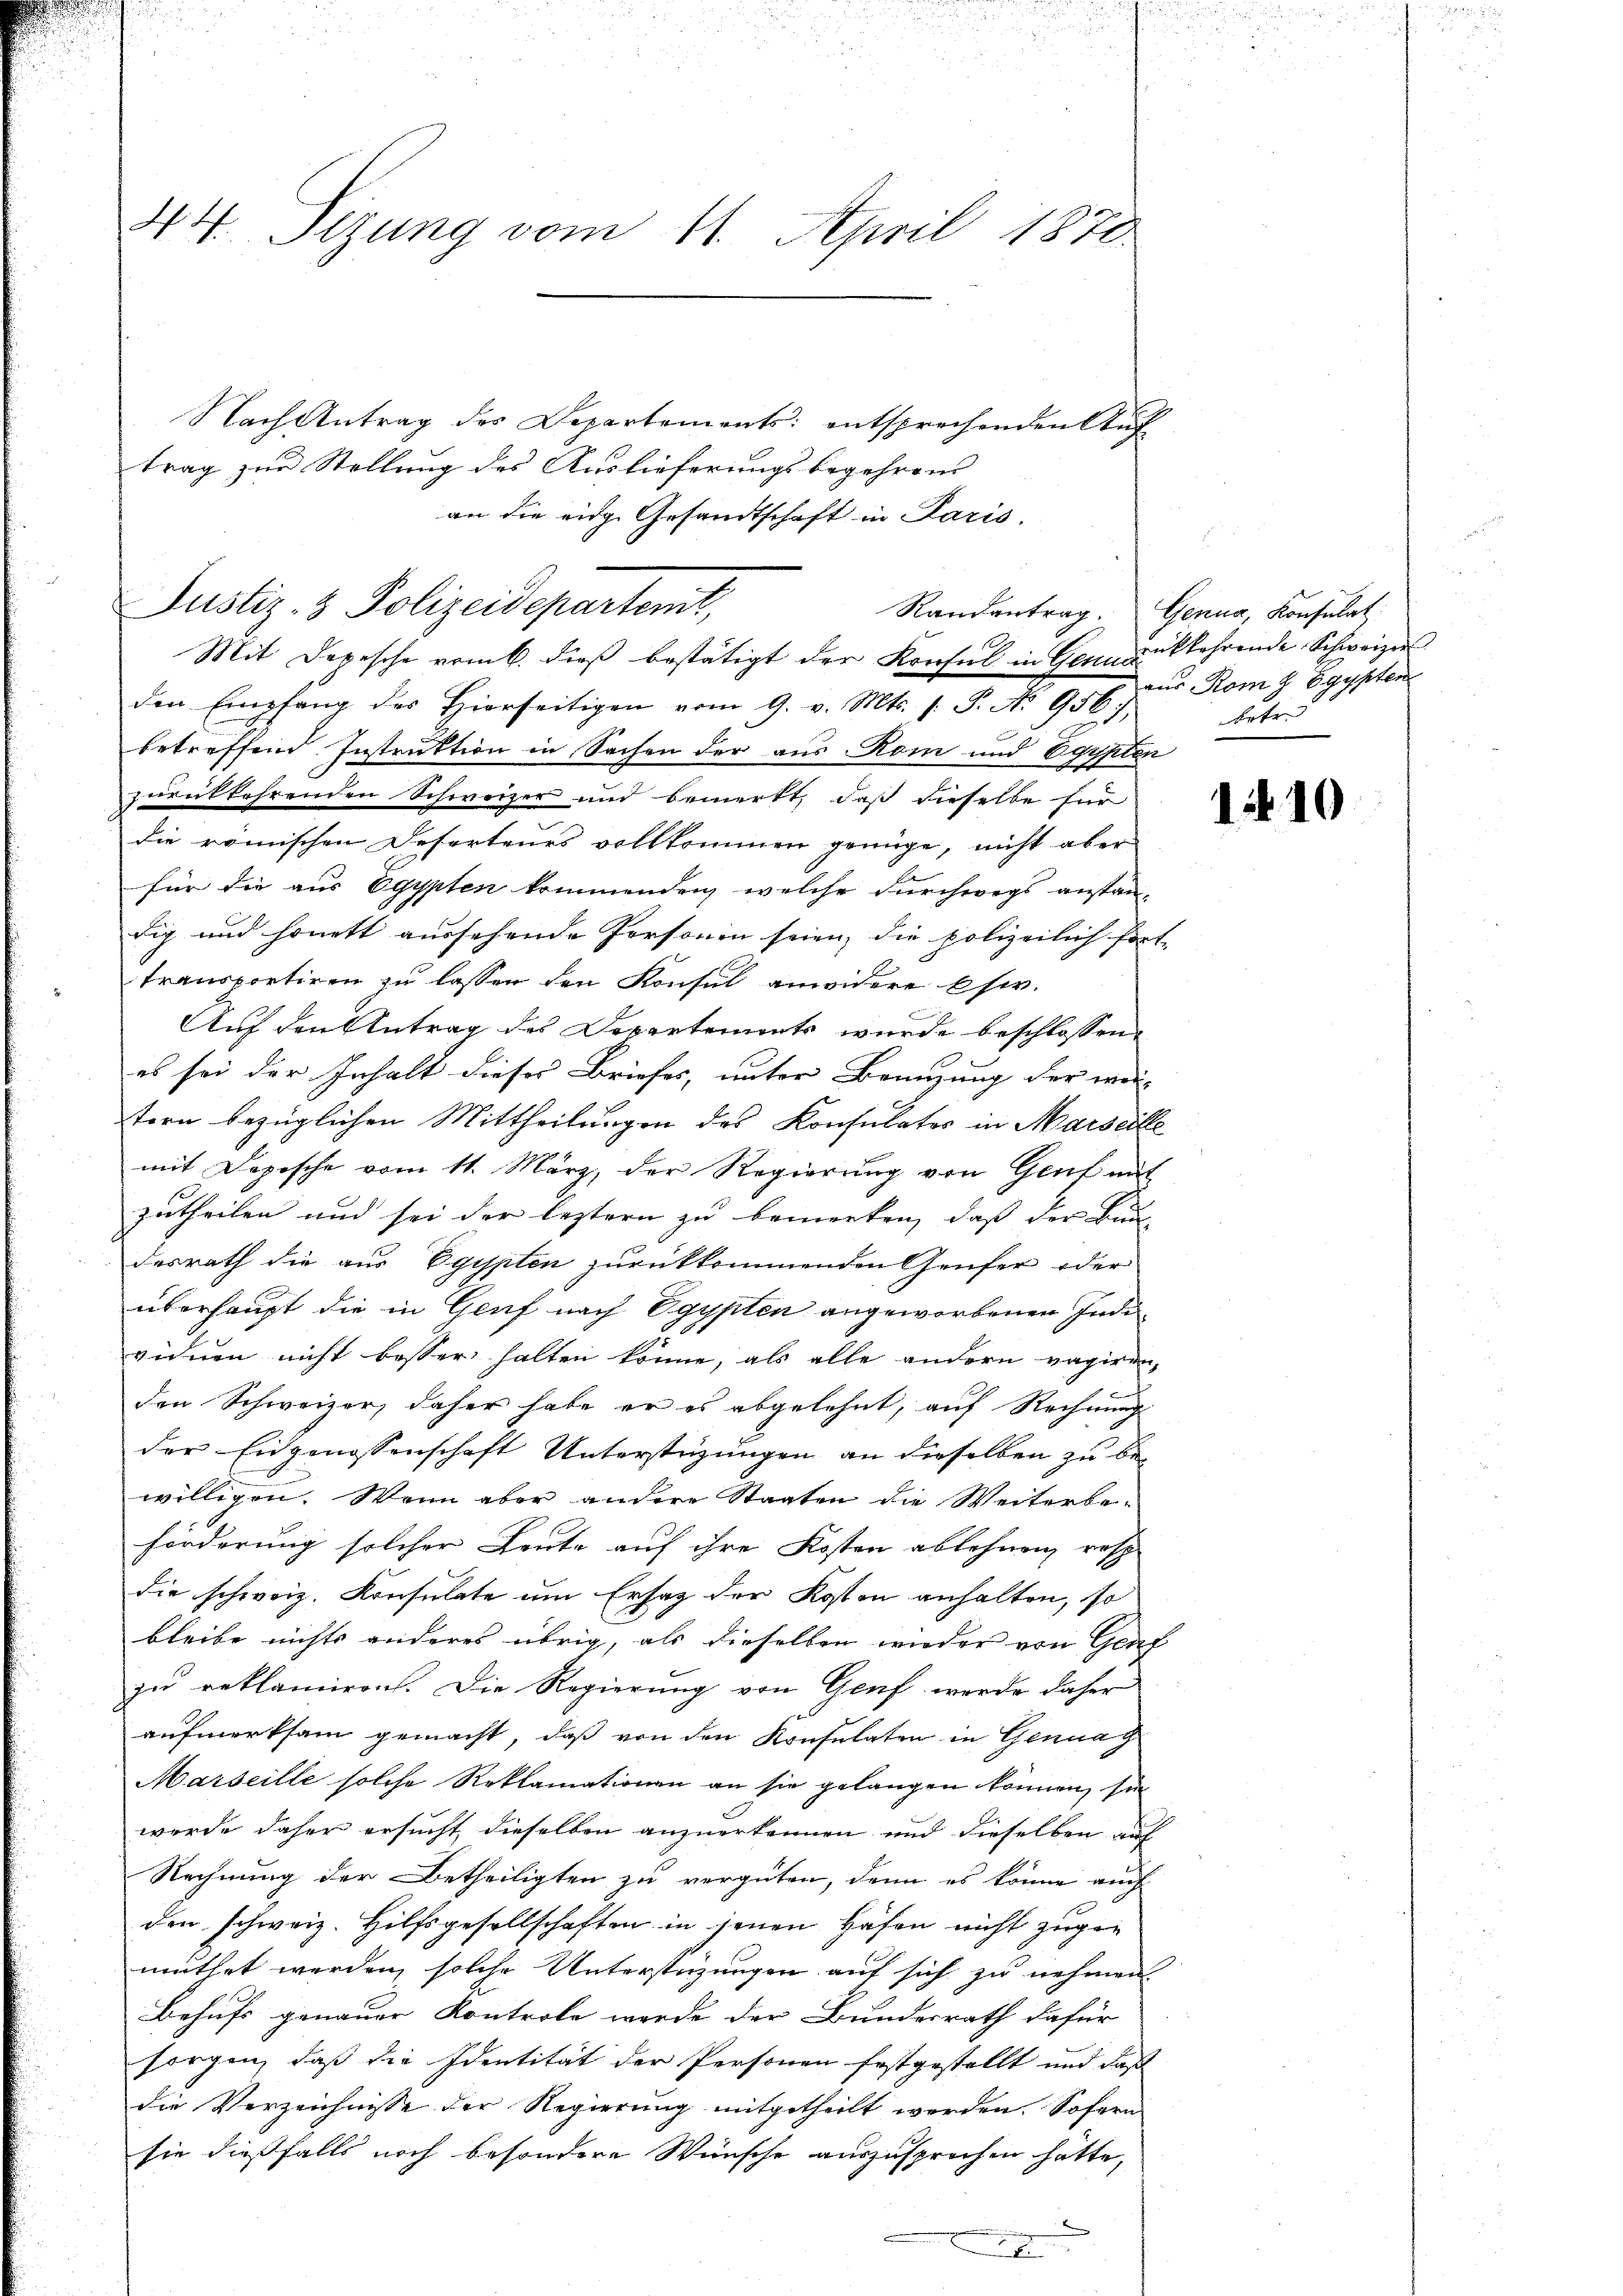
A
4. Setzung vom 11. April 1870
Nach Antrag des Departements: entsprechenden Auf

trag zur Stellung des Auslieferungsbegehrens
an die eidg. Gesandtschaft in Paris.

Justiz- & Polizeidepartemt,
Mit Depesche vom 6. dieß bestätigt der Konsul in Genrückkehrende Schweizer

den Empfang des Hierseitigen vom 9. v. Mts. (: P. No 956,
betreffend Instruktion in Sachen der aus Rom und Egypten
zurückkehrenden Schweizer und bemerkt, daß dieselbe für
die römischen Desertenes vollkommen genüge, nicht aber
für die aus Egypten kommenden, welche durchwegs anstan-
dig und honett aussehende Personen seien, die polizeilich fort-
transportiren zu lassen den Konsul anwidere Ehe.
Auf den Antrag des Departements wurde beschlossen,
es sei der Inhalt dieses Briefes, unter Branzung der wei-
tern bezüglichen Mittheilungen des Konsulatos in Marseille
mit Depische vom 11. März, der Regierŭng von Genf mit
zutheilen und sei der leztern zu bemerken, daß der Bundesrath die aus Egypten zurückkommenden Genfer oder
überhaupt die in Genf nach Egypten angeworbenen Indivienen nicht besser halten könne, als alle andern vagiren,
den Schweizer, daher habe er es abgelehnt, auf Rechnung
der Eidgenossenschaft Unterstüzungen an dieselben zu be-
willigen. Wenn aber andere Staaten die Weiterbeförderung solcher Leute auf ihre Kosten ablehnen, resp
die schweiz. Konsulate um Ersatz der Kosten anhalten, so
bleibe nichts anderes übrig, als dieselben wieder von Genf
zu reklamiren. Die Regierung von Genf werde daher
aufmerksam gemacht, daß von den Konsulaten in Genua g
Marseille solche Reklamationen an sie gelangen können, sie
werde daher ersucht, dieselben anzuerkennen und dieselben auf
Rechnung der Betheiligten zu vergüten, denn es könne auch
den schweiz. Hilfsgesellschaften in jenen Hafen nicht zugemuthet werden, solche Unterstüzungen auf sich zu nehmen
Behufs genauer Kontrole werde der Bundesrath dafür
sorgen, daß die Identität der Personen festgestellt und daß
die Verzeichnisse der Regierung mitgetheilt werden. Sofern
sie dießfalls noch besondere Wünsche auszusprechen hätte,
.

Randantrag. Genua, Konsulat
vus Rom h. Egypten
betr.

1410